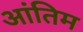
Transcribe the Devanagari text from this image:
आंतिम